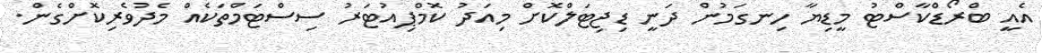
އެއީ ބްރޯޑްކާސްޓު މީޑިޔާ ހިނގަމުން ދަނީ ޑިޖިޓަލްކޮށް މިއަދު ކޮމްޕިއުޓަރު ސިސްޓަމްތަކެއް މެދުވެރިކޮށްގެން.